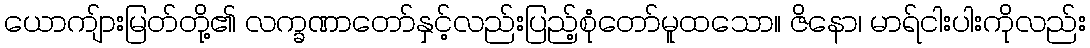
ယောကျ်ားမြတ်တို့၏ လက္ခဏာတော်နှင့်လည်းပြည့်စုံတော်မူထသော။ ဇိနော၊ မာရ်ငါးပါးကိုလည်း